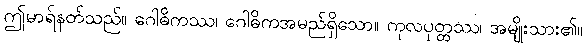
ဤမာရ်နတ်သည်။ ဂေါဓိကဿ၊ ဂေါဓိကအမည်ရှိသော။ ကုလပုတ္တဿ၊ အမျိုးသား၏။